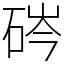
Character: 硶